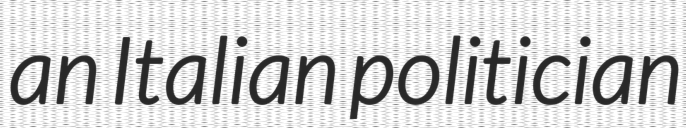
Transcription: an Italian politician